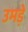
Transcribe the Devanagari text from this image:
उमड़े